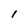
Character: 1